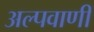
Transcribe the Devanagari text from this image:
अल्पवाणी